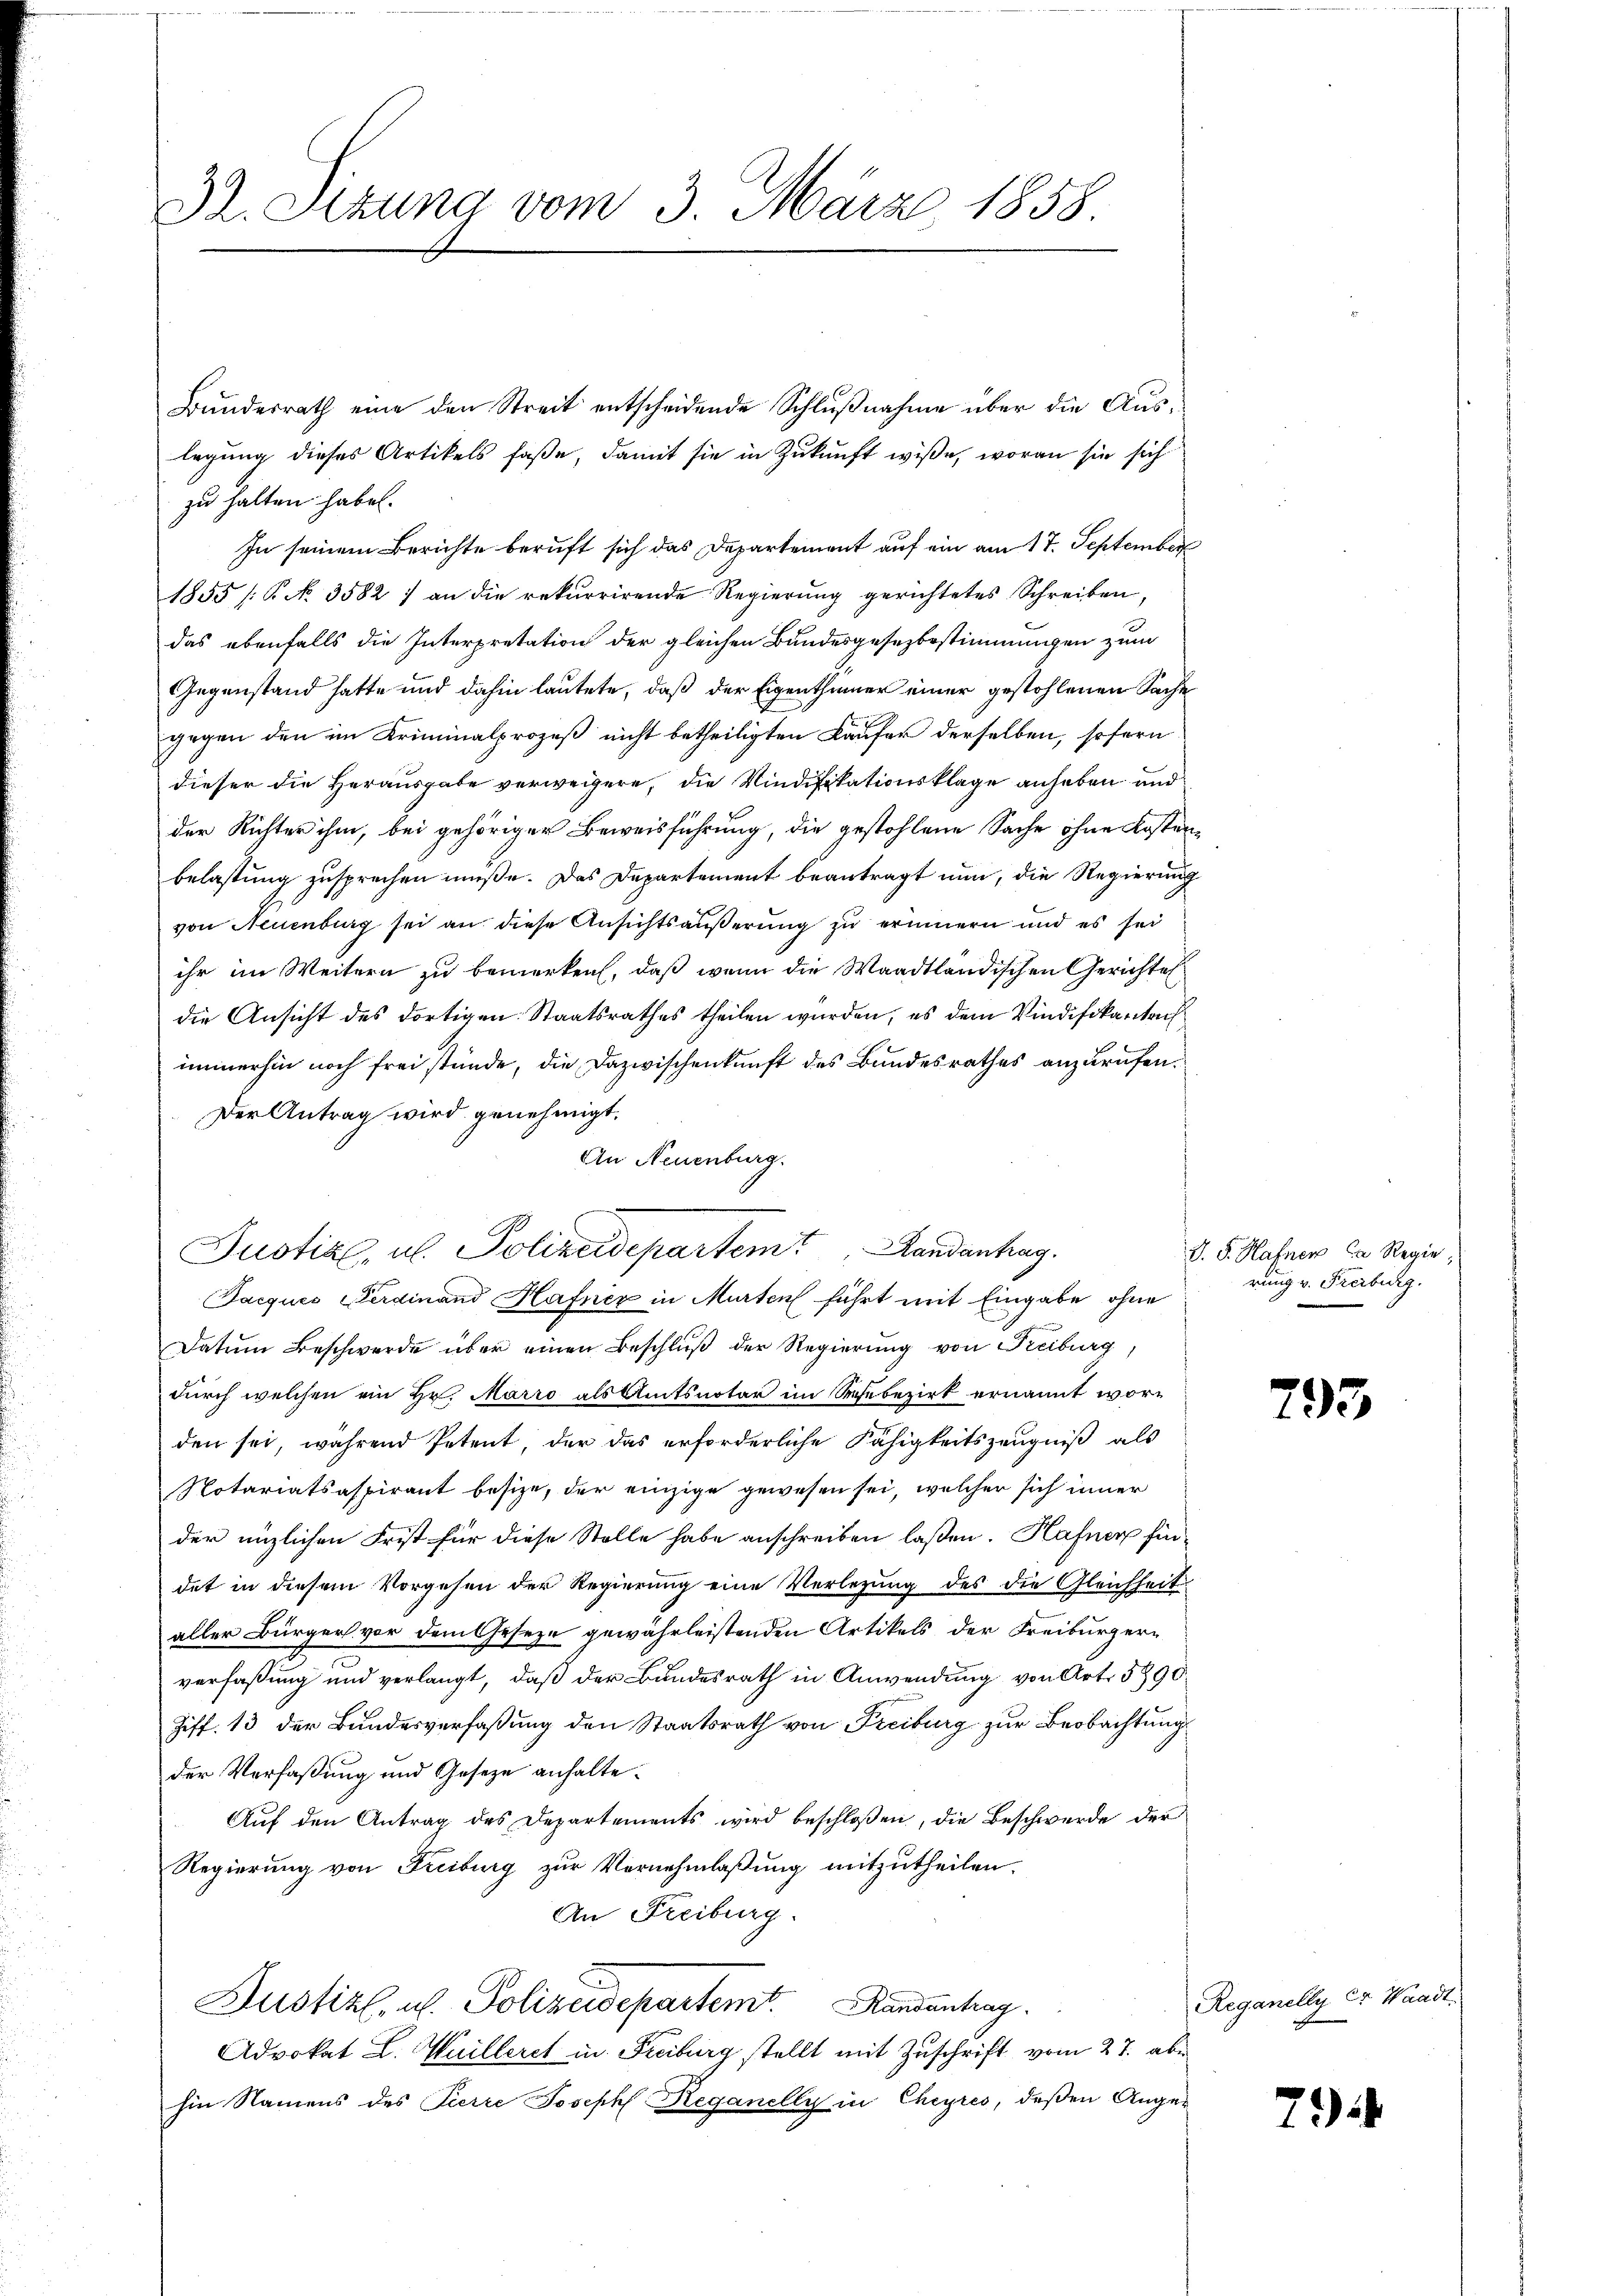
32. Sezung vom 3. März 1858

zu halten habe.
In seinem Berichte beruft sich das Departement auf ein am 17. September
1855 [§ No. 3582) an die rekurrirende Regierung gerichtetes Schreiben,
das ebenfalls die Interpretation der gleichen Bundesgesezbestimmungen zum
Gegenstand hatte und dahin lautete, daß der Eigenthümer einer gestohlenen Sache
gegen den im Kriminalprozeß nicht betheiligten Käufer derselben, sofern
dieser die Herausgabe verweigere, die Vindifikationsklage anheben und
der Richter ihm, bei gehöriger Beweisführung, die gestohlene Sache ohne Kostenbelastung zusprechen müße. Das Departement beantragt nun, die Regierung
von Neuenburg sei an diese Ansichtsäußerung zu erinnern und es sei
ihr im Weitern zu bemerken, daß wenn die Waadtländischen Gerichtes
die Ansicht des dortigen Staatsrathes theilen wurden, es dem Vindifikantech
immerhin noch frei stünde, die Dazwischenkunft des Bundesrathes anzurufen.
Der Antrag wird genehmigt.
An Neuenburg.
Jacques Ferdinand Hafner in Murten führt mit Eingabe ohne
Datum Beschwerde über einen Beschluß der Regierung von Freiburg,
durch welchen ein Hr. Marro als Amtsnotar im Siche bezirk ernannt worden sei, während Petent der das erforderliche Fähigkeitszeugniß als
Notariatsaspirant besize, der einzige gewesen sei, welcher sich inner
der enzlichen Frist für diese Stelle habe anschreiben laßen. Hafner findet in diesem Vorgehen der Regierung eine Verlegung des die Gleichheit
aller Bürger vor dem Geseze gewährleistenden Artikels der Freiburger-
verfassung und verlangt, daß der Bundesrath in Anwendung von Art. 5890
Ziff. 13 der Bundesverfaßung den Staatsrath von Freiburg zur Beobachtung
der Verfaßung und Geseze anhalte.
Aŭf den Antrag des Departements wird beschloßen, die Beschwerde der
Regierung von Freiburg zur Vornehmlaßung mitzutheilen.
An Freiburg.
Justiz, u. Polizeidepartemt. Randentrag
Advokat L. Wuilleret in Freiburg stellt mit Zuschrift vom 27. abe
hin Namens des Pierre Joseph Reganelly in Cheyres, deßen Ange¬

Justiz, u. Polizeidepartem Landantrag.

Bundesrath eine den Streit entscheidende Schlußnahme über die Auslegung dieses Artikels faße, damit sie in Zukunft wiße, woran sie sich

D. S. Hafner in Regier,
rung v. Freiburg.

793

Reganelly er Waadt.

794